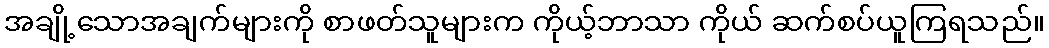
အချို့သောအချက်များကို စာဖတ်သူများက ကိုယ့်ဘာသာ ကိုယ် ဆက်စပ်ယူကြရသည်။